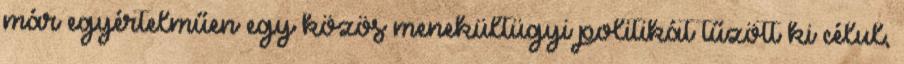
már egyértelműen egy közös menekültügyi politikát tűzött ki célul,